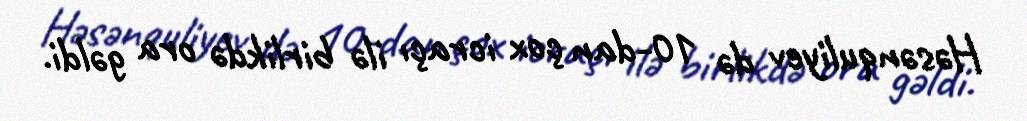
Həsənquliyev də 10-dan çox icraçı ilə birlikdə ora gəldi.